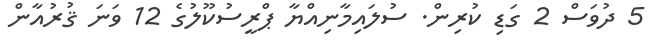
5 ދުވަސް 2 ގަޑި ކުރިން. ސުލައިމާނިއްޔާ ޕްރީސުކޫލުގެ 12 ވަނަ ޤުރުއާން